Vaccination in Bombay 1863-1868 - 1863-1868
Year: 1863
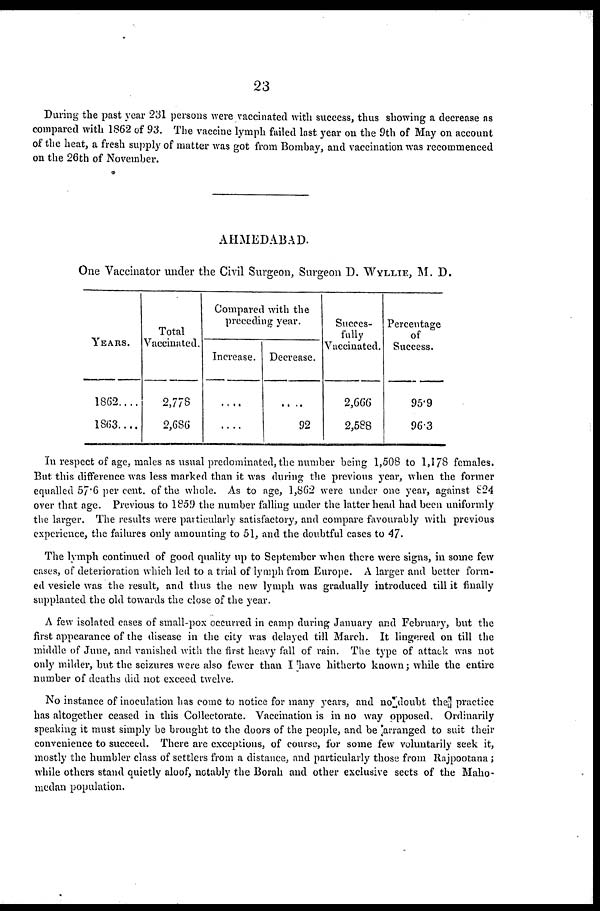
23
During the past year 231 persons were vaccinated with success, thus showing a decrease as
compared with 1862 of 93. The vaccine lymph failed last year on the 9th of May on account
of the heat, a fresh supply of matter was got from Bombay, and vaccination was recommenced
on the 26th of November.
AHMEDABAD.
One Vaccinator under the Civil Surgeon, Surgeon D. WYLLIE, M. D.
YEARS.
1862....
1863....
Total
Vaccinated.
2,778
2,686
Compared with the
preceding year.
Increase.
....
....
Decrease.
....
92
Sucees-
fully
Vaccinated.
2,666
2,588
Percentage
of
Success.
95.9
96.3
In respect of age, males as usual predominated, the number being 1,508 to 1,178 females.
But this difference was less marked than it was during the previous year, when the former
equalled 57.6 per cent. of the whole. As to age, 1,862 were under one year, against 824
over that age. Previous to 1859 the number falling under the latter head had been uniformly
the larger. The results were particularly satisfactory, and compare favourably with previous
experience, the failures only amounting to 51, and the doubtful cases to 47.
The lymph continued of good quality up to September when there were signs, in some few
cases, of deterioration which led to a trial of lymph from Europe. A larger and better form-
ed vesicle was the result, and thus the new lymph was gradually introduced till it finally
supplanted the old towards the close of the year.
A few isolated cases of small-pox occurred in camp during January and February, but the
first appearance of the disease in the city was delayed till March. It lingered on till the
middle of June, and vanished with the first heavy fall of rain. The type of attack was not
only milder, but the seizures were also fewer than I have hitherto known; while the entire
number of deaths did not exceed twelve.
No instance of inoculation has come to notice for many years, and no doubt the practice
has altogether ceased in this Collectorate. Vaccination is in no way opposed. Ordinarily
speaking it must simply be brought to the doors of the people, and be arranged to suit their
convenience to succeed. There are exceptions, of course, for some few voluntarily seek it,
mostly the humbler class of settlers from a distance, and particularly those from Rajpootana ;
while others stand quietly aloof, notably the Borah and other exclusive sects of the Maho-
medan population.